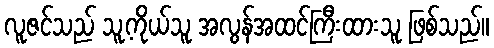
လူဇင်သည် သူ့ကိုယ်သူ အလွန်အထင်ကြီးထားသူ ဖြစ်သည်။